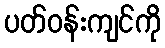
ပတ်ဝန်းကျင်ကို